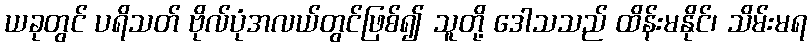
ယခုတွင် ပရိသတ် ဗိုလ်ပုံအလယ်တွင်ဖြစ်၍ သူတို့ ဒေါသသည် ထိန်းမနိုင်၊ သိမ်းမရ